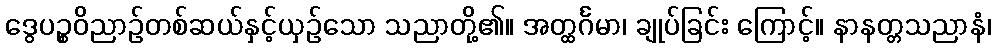
ဒွေပဉ္စဝိညာဉ်တစ်ဆယ်နှင့်ယှဉ်သော သညာတို့၏။ အတ္ထင်္ဂမာ၊ ချုပ်ခြင်း ကြောင့်။ နာနတ္တသညာနံ၊